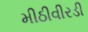
મીઠીવીરડી